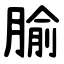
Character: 腧